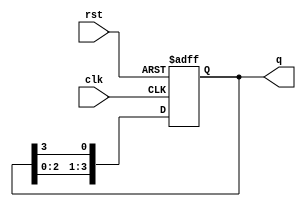
module ring_counter #(
    parameter N = 4  // Default number of bits (flip-flops) in the ring counter
)(
    input wire clk,    // Clock signal
    input wire rst,    // Asynchronous reset signal
    output reg [N-1:0] q  // Output of the ring counter
);

// Initial state for the ring counter
initial begin
    q = 1'b1;  // Initialize the counter with the first flip-flop set to '1'
end

// Always block to handle state transitions
always @(posedge clk or posedge rst) begin
    if (rst) begin
        // On reset, initialize the counter
        q <= 1'b1;  // Set the first flip-flop to '1' and the rest to '0'
    end else begin
        // Shift the '1' around the ring
        q <= {q[N-2:0], q[N-1]};  // Shift left and wrap around
    end
end

endmodule